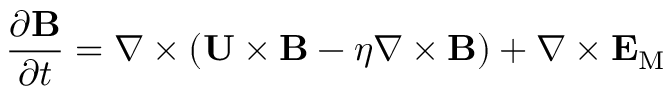
\frac { \partial { \bf { B } } } { \partial t } = \nabla \times \left( { { \bf { U } } \times { \bf { B } } - \eta \nabla \times { \bf { B } } } \right) + \nabla \times { \bf { E } } _ { \mathrm { { M } } }